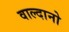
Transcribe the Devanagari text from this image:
वाल्दानो